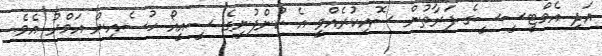
އަދި އެމްޓީސީސީގެ ފަރާތުން ސޮއިކުރެއްވީ އެ ކުންފުނީގެ ސީއީއޯ ހުސެއިން އަމްރު އެވެ.